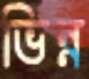
ভিন্ন